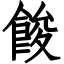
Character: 餕